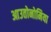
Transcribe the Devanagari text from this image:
आउतोनोमिया